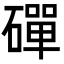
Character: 磾